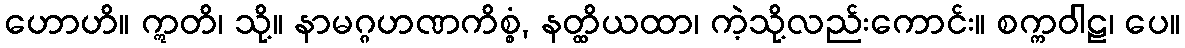
ဟောဟိ။ ဣတိ၊ သို့။ နာမဂ္ဂဟဏကိစ္စံ, နတ္ထိယထာ၊ ကဲ့သို့လည်းကောင်း။ စက္ကဝါဠ၊ ပေ။